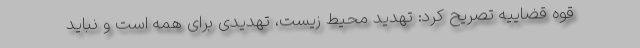
قوه قضاییه تصریح کرد: تهدید محیط زیست، تهدیدی برای همه است و نباید